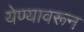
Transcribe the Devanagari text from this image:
येण्यावरून